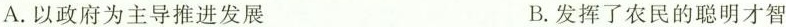
A.以政府为主导推进发展 B.发挥了农民的聪明才智